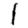
Digit: 1